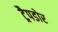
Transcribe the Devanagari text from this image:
ट्रैपडोर